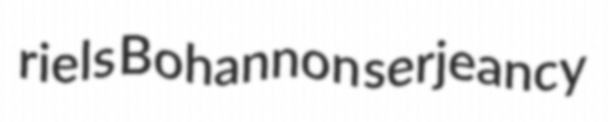
riels Bohannon serjeancy